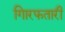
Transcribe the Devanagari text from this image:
गिारफतारी